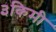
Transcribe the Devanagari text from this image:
३किमी